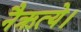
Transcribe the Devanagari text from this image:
नैऋत्ये।